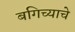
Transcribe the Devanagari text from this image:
बगिच्याचे